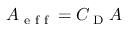
A _ { \textrm { e f f } } = C _ { \textrm { D } } A